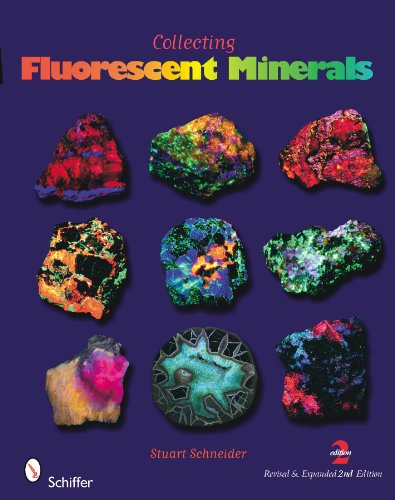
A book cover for Collecting Fluorescent Minerals; Stuart Schneider; Sports & Outdoors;